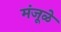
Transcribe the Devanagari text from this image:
मंजूळे